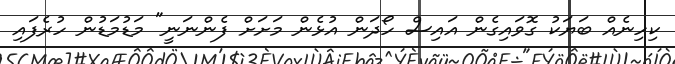
ކިހިނެއް ބަޔަކު ގޮވައިގެން އައިސް ހޯދަން އުޅެން މަށަށް ފެންނަނީ" މަޑުމަޑުން ހުރެފައި